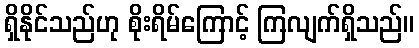
ရှိနိုင်သည်ဟု စိုးရိမ်ကြောင့် ကြလျက်ရှိသည်။